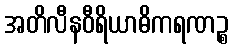
အတိလီနဝီရိယာဓိကရဏဉ္စ